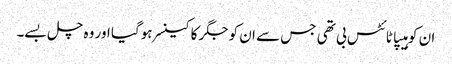
ان کو ہیپاٹائٹس بی تھی جس سے ان کو جگر کا کینسر ہوگیا اور وہ چل بسے۔